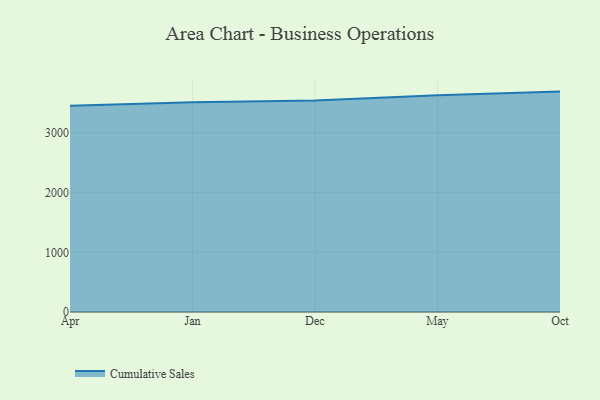
{"axis": {"x": "Month", "y": "Budget (USD K)"}, "legend": ["Cumulative Sales"], "data": [{"x": "Apr", "y": 3457.3, "type": "Cumulative Sales"}, {"x": "Jan", "y": 3515.7, "type": "Cumulative Sales"}, {"x": "Dec", "y": 3544.5, "type": "Cumulative Sales"}, {"x": "May", "y": 3632.0, "type": "Cumulative Sales"}, {"x": "Oct", "y": 3692.9, "type": "Cumulative Sales"}]}